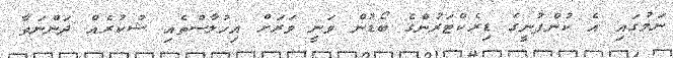
ނަމުގައި އެ ކުންފުނީގެ ޑިރެކްޓަރުންގެ ބޯޑުން ވަނީ ވަރަށް އިހުލާސްތެއި ޝުކުރެއް ދަންނަވާ